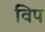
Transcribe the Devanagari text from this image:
विप